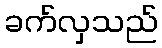
ခက်လှသည်